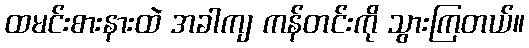
ထမင်းစားနားထဲ အခါကျ ကန်တင်းကို သွားကြတယ်။